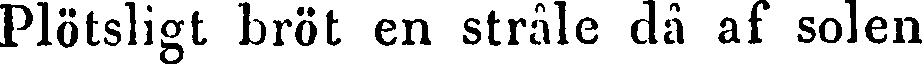
Plötsligt bröt en stråle då af solen